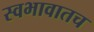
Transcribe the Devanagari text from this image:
स्वभावातच